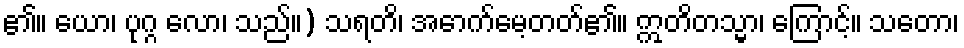
၏။ ယော၊ ပုဂ္ဂ လော၊ သည်။) သရတိ၊ အောက်မေ့တတ်၏။ ဣတိတသ္မာ၊ ကြောင့်။ သတော၊